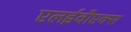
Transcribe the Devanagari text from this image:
एलईवीएक्स